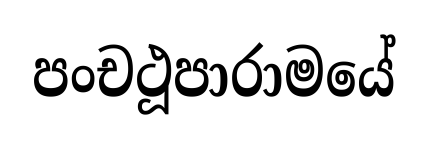
පංචථූපාරාමයේ